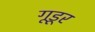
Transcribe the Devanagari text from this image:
गूडूर